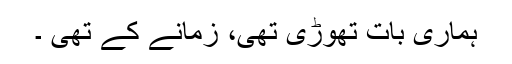
ہماری بات تھوڑی تھی، زمانے کے تھی ۔